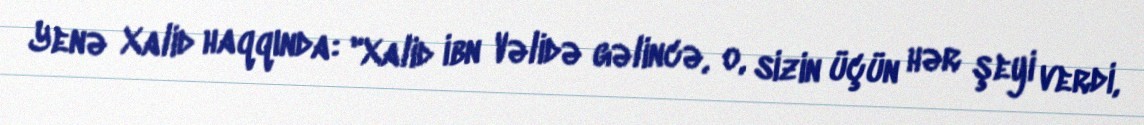
Yenə Xalid haqqında: "Xalid ibn Vəlidə gəlincə, o, sizin üçün hər şeyi verdi,